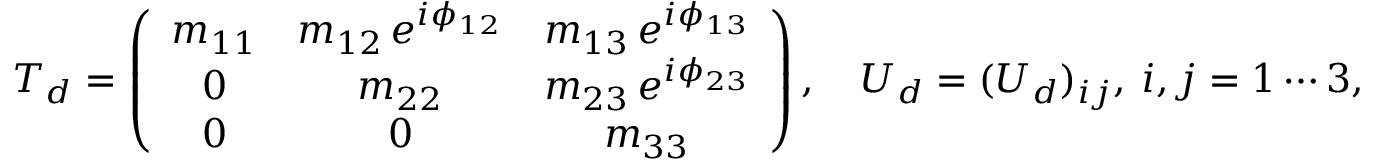
T _ { d } = \left( \begin{array} { c c c } { { m _ { 1 1 } } } & { { m _ { 1 2 } \, e ^ { i \phi _ { 1 2 } } } } & { { m _ { 1 3 } \, e ^ { i \phi _ { 1 3 } } } } \\ { { 0 } } & { { m _ { 2 2 } } } & { { m _ { 2 3 } \, e ^ { i \phi _ { 2 3 } } } } \\ { { 0 } } & { { 0 } } & { { m _ { 3 3 } } } \end{array} \right) , \quad U _ { d } = ( U _ { d } ) _ { i j } , \ i , j = 1 \cdots 3 , \quad D _ { d } = d i a g ( m _ { d } , m _ { s } , m _ { b } ) ,